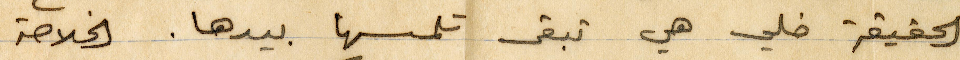
الحقيقة خلي هي تبقى تلمسها بيدها. الخلاصة